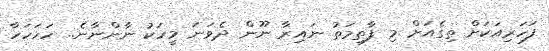
ފަހަރިއަކަށް ތިގެއަށް މި ފާތިމަތު ނައިރާ ނޫން ދެވަނަ މީހަކު ނާންނާނެ.. ހަހަހަހާ